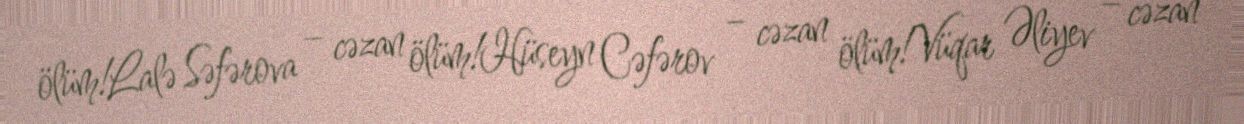
ölüm!Lalə Səfərova – cəzan ölüm!Hüseyn Cəfərov – cəzan ölüm!Vüqar Əliyev – cəzan